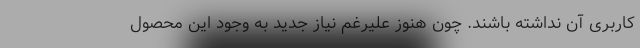
کاربری آن نداشته باشند. چون هنوز علیرغم نیاز جدید به وجود این محصول